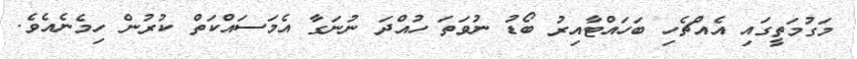
މަގުމަތީގައި އެއްޗެހި ބަހައްޓާއިރު ބޯޑު ނުވަތަ ހުއްދަ ނުނަގާ އެމަސައްކަތް ކުރުން ހިމެނެއެވެ.